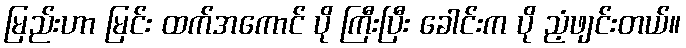
မြည်းဟာ မြင်း ထက်အကောင် ပို ကြီးပြီး ခေါင်းက ပို ညံ့ဖျင်းတယ်။